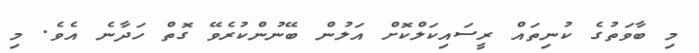
މި ބާވަތުގެ ކުނިތައް ރީސައިކަލްކޮށް އަލުން ބޭނުންކުރެވޭ ގޮތް ހަދާނެ އެވެ. މި